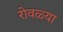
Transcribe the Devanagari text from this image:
रोवळ्या